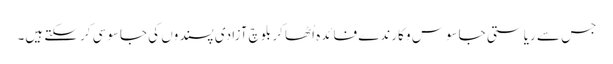
جس سے ریاستی جاسوس و کارندے فائدہ اُٹھا کر بلوچ آزادی پسندوں کی جاسوسی کرسکتے ہیں۔